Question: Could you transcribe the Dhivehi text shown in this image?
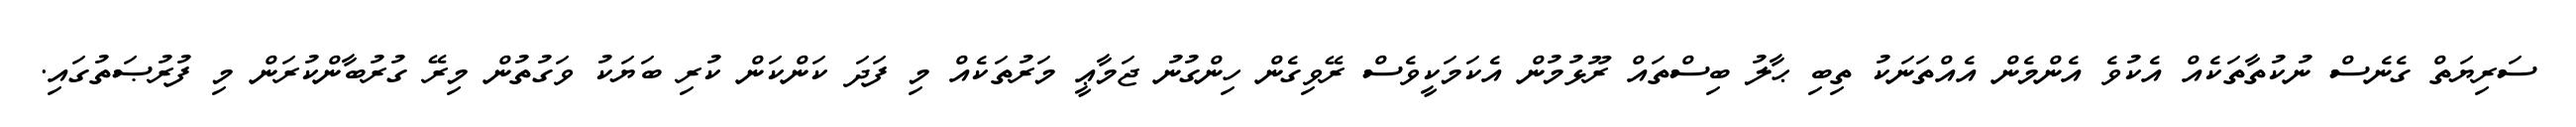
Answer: ސަރިޔަތް ގެނެސް ނުކުތާތަކެއް އެކުވެ އެންމެން އެއްތަނަކު ތިބި ޙާލު ބިސްތައް ރޫޅުމުން އެކަމަކީވެސް ރޭވިގެން ހިންގުނު ޖަމާޢީ މަރުތަކެއް މި ފަދަ ކަންކަން ކުރި ބަޔަކު ވަގުތުން މިރޭ ގުރުބާންކުރަން މި ފުރުޞަތުގައި.